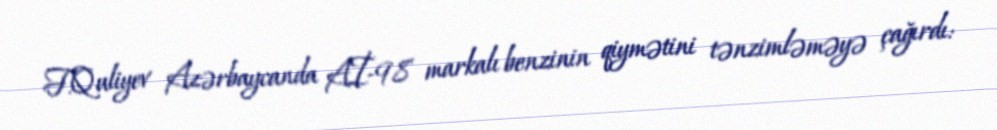
F.Quliyev Azərbaycanda Aİ-98 markalı benzinin qiymətini tənzimləməyə çağırdı: